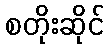
စတိုးဆိုင်